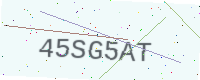
Text: 45SG5AT